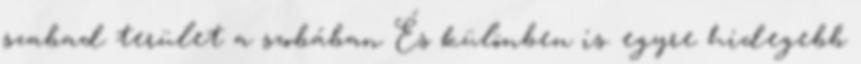
szabad terület a szobában És különben is. egyre hidegebb